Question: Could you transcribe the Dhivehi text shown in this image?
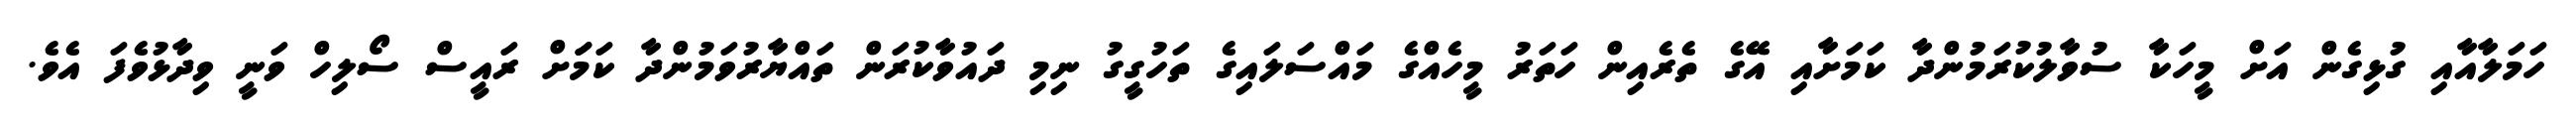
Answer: ހަމަލާއާއި ގުޅިގެން އަށް މީހަކާ ސުވާލުކުރަމުންދާ ކަމަށާއި އޭގެ ތެރެއިން ހަތަރު މީހެއްގެ މައްސަލައިގެ ތަހުގީގު ނިމި ދައުވާކުރަން ތައްޔާރުވަމުންދާ ކަމަަށް ރައީސް ސޯލިހް ވަނީ ވިދާޅުވެފަ އެވެ.